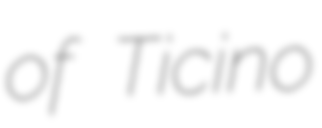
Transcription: of Ticino